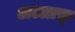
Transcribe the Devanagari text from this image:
अल्लाफ़्‌